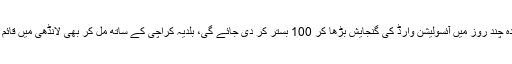
اسپتال کے چیئرمین نوید کا کہنا تھا کہ سب کو مل کر اس وائرس کے خلاف لڑنا ہوگا، آیندہ چند روز میں آئسولیشن وارڈ کی گنجایش بڑھا کر 100 بستر کر دی جائے گی، بلدیہ کراچی کے ساتھ مل کر بھی لانڈھی میں قائم امراض قلب کے کارڈِک سینٹر میں 250 بستروں پر مشتمل آئسولیشن سینٹر بنایا جائے گا۔